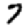
Digit: 7